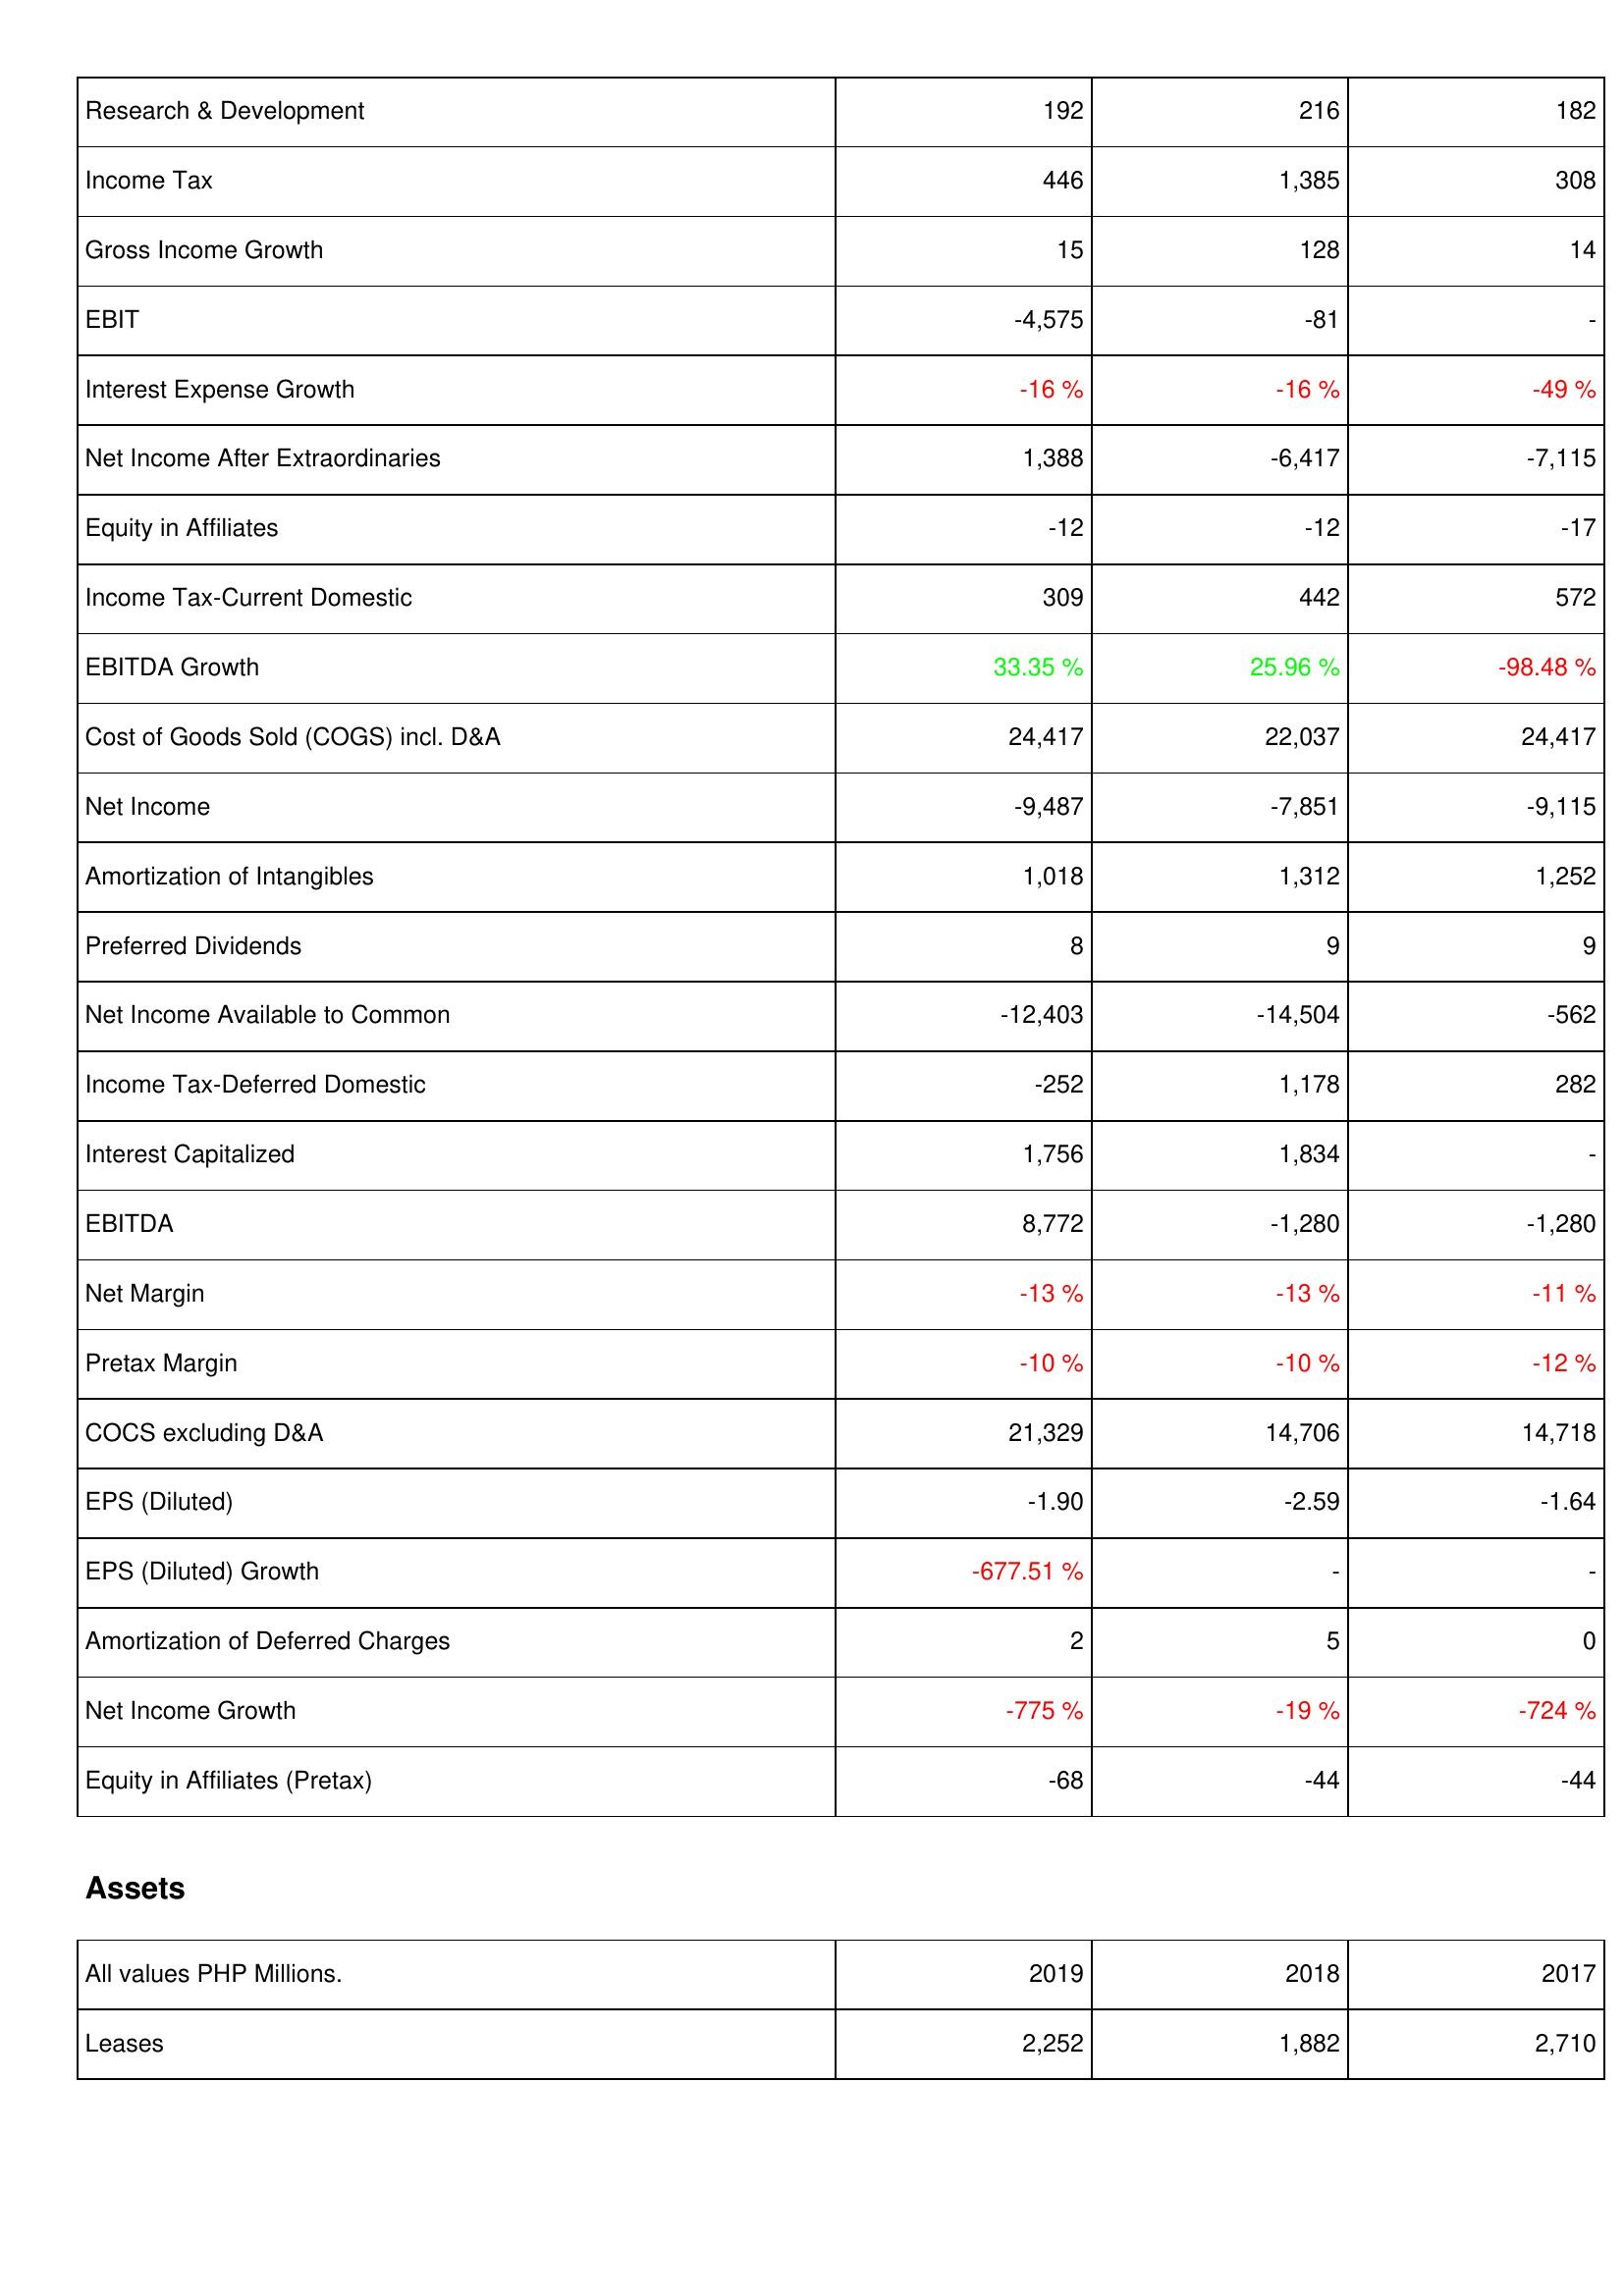
2019: Income Statement: Research & Development: 192
Income Tax: 446
Gross Income Growth: 15
EBIT: -4,575
Interest Expense Growth: -16 %
Net Income After Extraordinaries: 1,388
Equity in Affiliates: -12
Income Tax-Current Domestic: 309
EBITDA Growth: 33.35 %
Cost of Goods Sold (COGS) incl. D&A: 24,417
Net Income: -9,487
Amortization of Intangibles: 1,018
Preferred Dividends: 8
Net Income Available to Common: -12,403
Income Tax-Deferred Domestic: -252
Interest Capitalized: 1,756
EBITDA: 8,772
Net Margin: -13 %
Pretax Margin: -10 %
COCS excluding D&A: 21,329
EPS (Diluted): -1.90
EPS (Diluted) Growth: -677.51 %
Amortization of Deferred Charges: 2
Net Income Growth: -775 %
Equity in Affiliates (Pretax): -68
Assets: Leases: 2,252
2018: Income Statement: Research & Development: 216
Income Tax: 1,385
Gross Income Growth: 128
EBIT: -81
Interest Expense Growth: -16 %
Net Income After Extraordinaries: -6,417
Equity in Affiliates: -12
Income Tax-Current Domestic: 442
EBITDA Growth: 25.96 %
Cost of Goods Sold (COGS) incl. D&A: 22,037
Net Income: -7,851
Amortization of Intangibles: 1,312
Preferred Dividends: 9
Net Income Available to Common: -14,504
Income Tax-Deferred Domestic: 1,178
Interest Capitalized: 1,834
EBITDA: -1,280
Net Margin: -13 %
Pretax Margin: -10 %
COCS excluding D&A: 14,706
EPS (Diluted): -2.59
EPS (Diluted) Growth: -
Amortization of Deferred Charges: 5
Net Income Growth: -19 %
Equity in Affiliates (Pretax): -44
Assets: Leases: 1,882
2017: Income Statement: Research & Development: 182
Income Tax: 308
Gross Income Growth: 14
EBIT: -
Interest Expense Growth: -49 %
Net Income After Extraordinaries: -7,115
Equity in Affiliates: -17
Income Tax-Current Domestic: 572
EBITDA Growth: -98.48 %
Cost of Goods Sold (COGS) incl. D&A: 24,417
Net Income: -9,115
Amortization of Intangibles: 1,252
Preferred Dividends: 9
Net Income Available to Common: -562
Income Tax-Deferred Domestic: 282
Interest Capitalized: -
EBITDA: -1,280
Net Margin: -11 %
Pretax Margin: -12 %
COCS excluding D&A: 14,718
EPS (Diluted): -1.64
EPS (Diluted) Growth: -
Amortization of Deferred Charges: 0
Net Income Growth: -724 %
Equity in Affiliates (Pretax): -44
Assets: Leases: 2,710